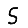
Digit: 5